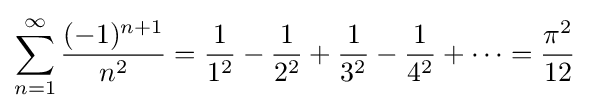
\sum _{n=1}^{\infty }{\frac {(-1)^{n+1}}{n^{2}}}={\frac {1}{1^{2}}}-{\frac {1}{2^{2}}}+{\frac {1}{3^{2}}}-{\frac {1}{4^{2}}}+\cdots ={\frac {\pi ^{2}}{12}}